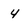
Character: 4